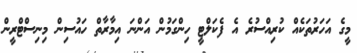
މީގެ އަހަރުތަކެއް ކުރިއްސުރެ އެ ފެކަލްޓީ ހިންގަމުން އަންނަ އިމާރާތް ހައުސިން މިނިސްޓްރީން